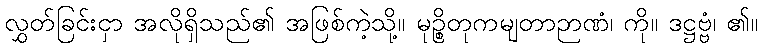
လွှတ်ခြင်းငှာ အလိုရှိသည်၏ အဖြစ်ကဲ့သို့။ မုဉ္စိတုကမျတာဉာဏံ၊ ကို။ ဒဋ္ဌဗ္ဗံ၊ ၏။